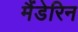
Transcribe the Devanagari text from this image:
मैंडेरिन